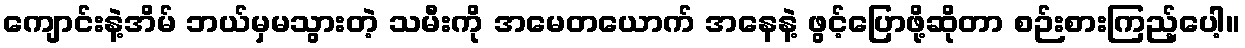
ကျောင်းနဲ့အိမ် ဘယ်မှမသွားတဲ့ သမီးကို အမေတယောက် အနေနဲ့ ဖွင့်ပြောဖို့ဆိုတာ စဉ်းစားကြည့်ပေါ့။